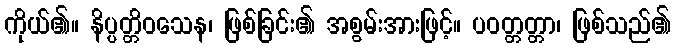
ကိုယ်၏။ နိပ္ပတ္တိဝသေန၊ ဖြစ်ခြင်း၏ အစွမ်းအားဖြင့်။ ပဝတ္တတ္တာ၊ ဖြစ်သည်၏